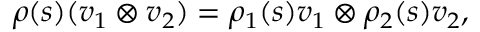
\rho ( s ) ( v _ { 1 } \otimes v _ { 2 } ) = \rho _ { 1 } ( s ) v _ { 1 } \otimes \rho _ { 2 } ( s ) v _ { 2 } ,